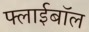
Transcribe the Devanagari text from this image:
फ्लाईबॉल